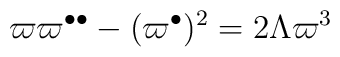
\varpi \varpi ^{\bullet \bullet }-(\varpi ^{\bullet })^{2}=2\Lambda \varpi^{3}